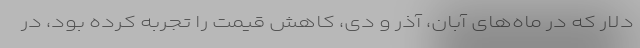
دلار که در ماه‌های آبان، آذر و دی، کاهش قیمت را تجربه کرده بود، در